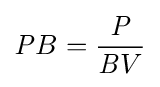
{\mathit {P}}B={\frac {\mathit {P}}{{\mathit {B}}V}}